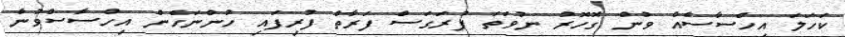
ކަހަލަ އިހްސާސެއް ވުން ގޮހޮރު ނުވަތަ ފުރަގަސް ފަރާތް ފުރިފައި ހުންނަހެން އިހްސާސްވުން